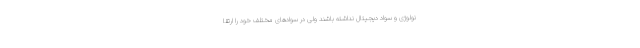
نولوژی و سواد دیجیتال نداشته باشند ولی در سوادهای مختلف خود را ارتقا